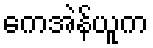
ကေအဲန်ယူက